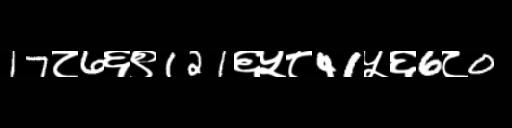
Text: 17८6६९121६५८41५६6८0